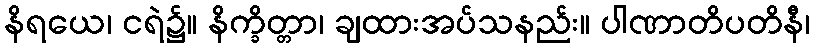
နိရယေ၊ ငရဲ၌။ နိက္ခိတ္တာ၊ ချထားအပ်သနည်း။ ပါဏာတိပတိနီ၊